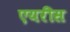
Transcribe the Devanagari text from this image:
एयरीस